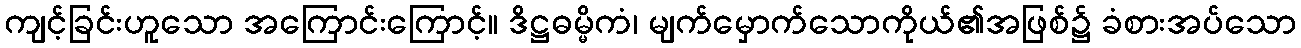
ကျင့်ခြင်းဟူသော အကြောင်းကြောင့်။ ဒိဋ္ဌဓမ္မိကံ၊ မျက်မှောက်သောကိုယ်၏အဖြစ်၌ ခံစားအပ်သော